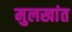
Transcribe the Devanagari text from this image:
मुलखांत